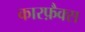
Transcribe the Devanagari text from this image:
कारफ़ैक्स